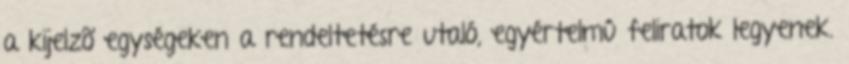
a kijelzõ egységeken a rendeltetésre utaló, egyértelmû feliratok legyenek.